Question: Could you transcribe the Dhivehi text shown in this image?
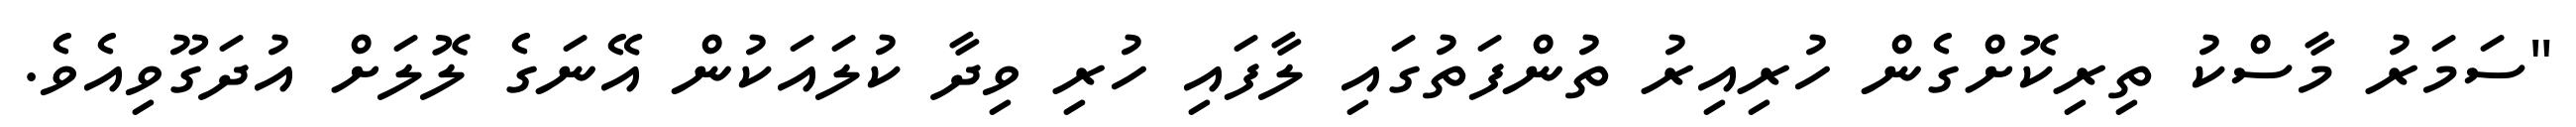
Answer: "ސަމަރު މާސްކު ތިރިކޮށްގެން ހުރިއިރު ތުންފަތުގައި ލާފައި ހުރި ވިދާ ކުލައަކުން އޭނަގެ ލޮލަށް އުދަގޫވިއެވެ.